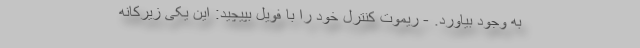
به وجود بیاورد. ‌- ریموت کنترل خود را با فویل بپیچید: این یکی زیرکانه